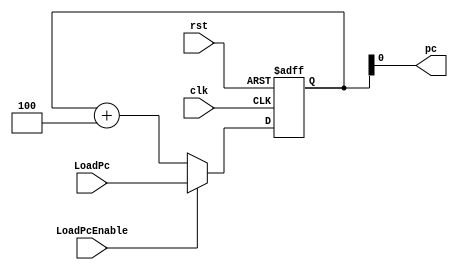
`timescale 1ns / 1ns
module ProgramCounter (clk, rst, LoadPc, LoadPcEnable, pc);
input         clk, rst;
input         LoadPcEnable;
input  [15:0] LoadPc;
output        pc;
  reg[15:0] pc_reg;
  always @(posedge clk, posedge rst) begin
    if (rst) pc_reg <= 16'b0;
    else if (LoadPcEnable) pc_reg<=LoadPc;
    else pc_reg <= pc_reg + 4;
  end
  assign pc = pc_reg;
endmodule //